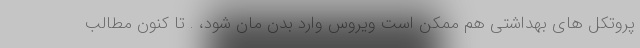
پروتکل های بهداشتی هم ممکن است ویروس وارد بدن مان شود، . تا کنون مطالب